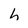
Character: h